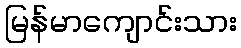
မြန်မာကျောင်းသား